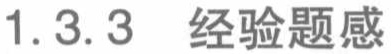
1.3.3 经验题感